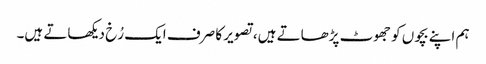
ہم اپنے بچوں کو جھوٹ پڑھاتے ہیں، تصویر کا صرف ایک رُخ دیکھاتے ہیں۔